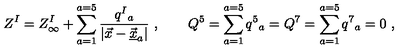
Z ^ { I } = Z _ { \infty } ^ { I } + \sum _ { a = 1 } ^ { a = 5 } { \frac { q ^ { I } { } _ { a } } { | \vec { x } - \vec { \underline { { x } } } _ { a } | } } \ , \qquad Q ^ { 5 } = \sum _ { a = 1 } ^ { a = 5 } q ^ { 5 } { } _ { a } = Q ^ { 7 } = \sum _ { a = 1 } ^ { a = 5 } q ^ { 7 } { } _ { a } = 0 \ ,